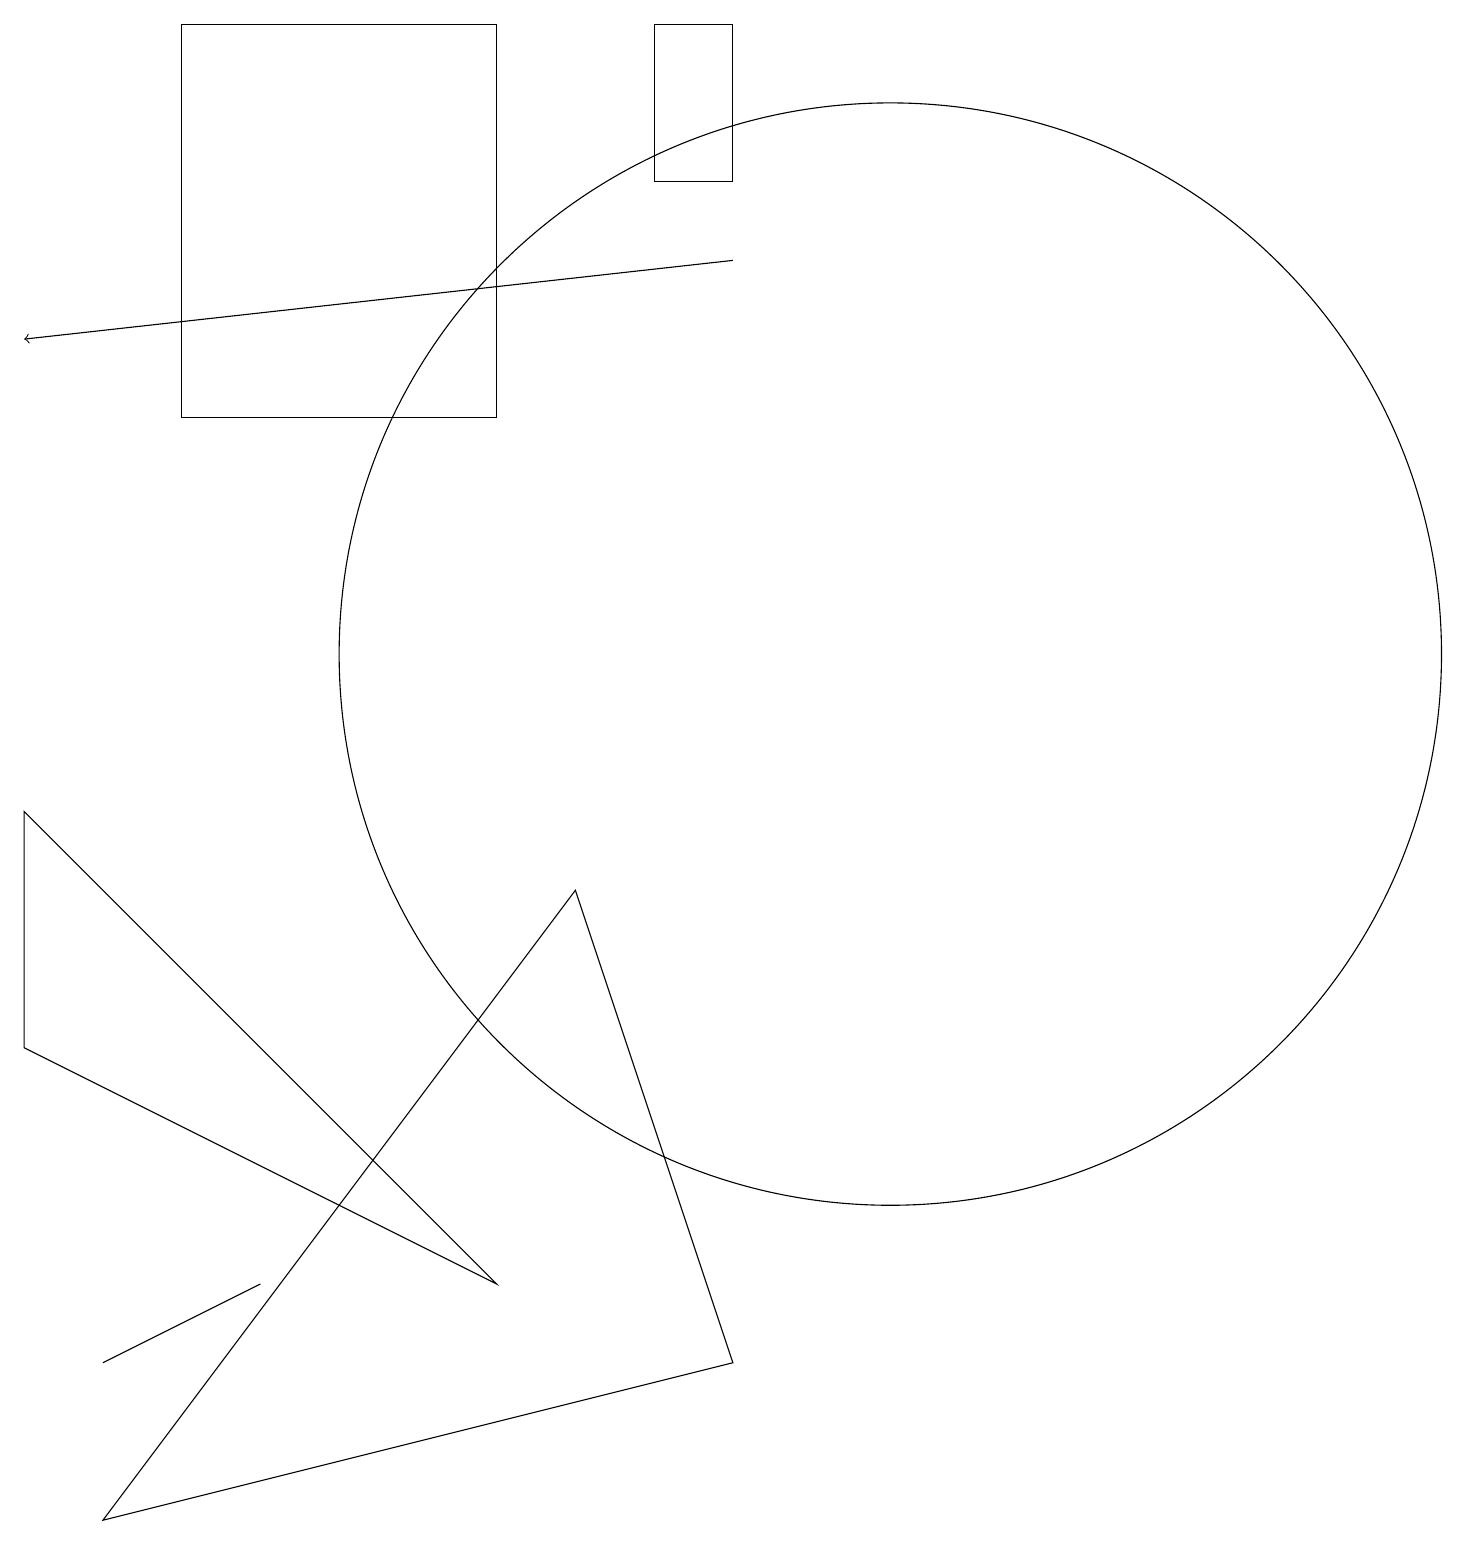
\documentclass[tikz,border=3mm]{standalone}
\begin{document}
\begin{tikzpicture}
\draw (11,11) circle (7);
\draw (7,8) -- (1,0) -- (9,2) -- cycle;
\draw[->] (9,16) -- (0,15);
\draw (2,19) rectangle (6,14);
\draw (8,19) rectangle (9,17);
\draw (3,3) -- (1,2) -- (3,3) -- cycle;
\draw (6,3) -- (0,9) -- (0,6) -- cycle;
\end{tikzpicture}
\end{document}